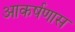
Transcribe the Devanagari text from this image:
आकर्षणास